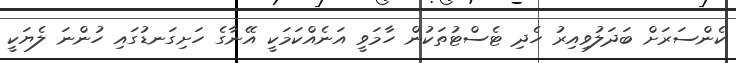
ކެންސަރަށް ބަދަލުވިއިރު ހެދި ޓެސްޓުތަކުން ހާމަވީ އަނެއްކަމަކީ އޭނާގެ ހަށިގަނޑުގައި ހުންނަ ލެޔަކީ